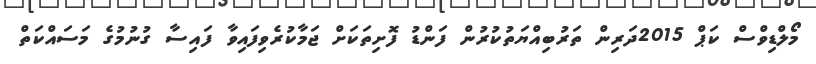
މޯލްޑިވްސް ކަޕް 2015ދަރިން ތަރުބިއްޔަތުކުރުން ފަންޑު ފޮށިތަކަށް ޖަމާކުރެވިފައިވާ ފައިސާ ގުނުމުގެ މަސައްކަތް